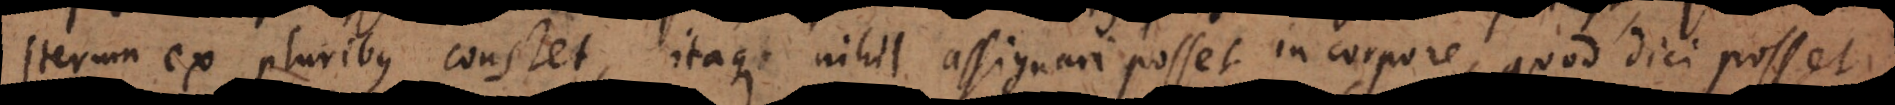
iterum ex pluribus constet, itaque nihil assignari posset in corpore, quod dici posset